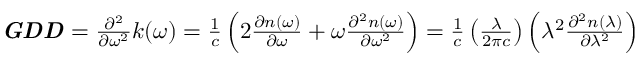
{ \begin{array} { l } { { \boldsymbol { \it { G D D } } } = { \frac { { \partial } ^ { 2 } } { \partial { \omega } ^ { \mathrm { 2 } } } } k \mathrm { ( } \omega \mathrm { ) } = { \frac { \mathrm { 1 } } { c } } \left( \mathrm { 2 } { \frac { \partial n \mathrm { ( } \omega \mathrm { ) } } { \partial \omega } } + \omega { \frac { { \partial } ^ { 2 } n \mathrm { ( } \omega \mathrm { ) } } { \partial { \omega } ^ { \mathrm { 2 } } } } \right) = { \frac { \mathrm { 1 } } { c } } \left( { \frac { \lambda } { \mathrm { 2 } \pi c } } \right) \left( { \lambda } ^ { \mathrm { 2 } } { \frac { { \partial } ^ { 2 } n \mathrm { ( } \lambda \mathrm { ) } } { \partial { \lambda } ^ { \mathrm { 2 } } } } \right) } \end{array} }